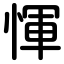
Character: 惲